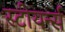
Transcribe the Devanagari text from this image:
स्टीयर्न्स